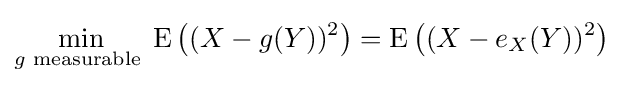
\min _{g{\text{ measurable }}}\operatorname {E} \left((X-g(Y))^{2}\right)=\operatorname {E} \left((X-e_{X}(Y))^{2}\right)